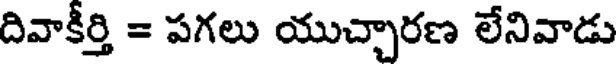
దివాకీర్తి = పగలు యుచ్చారణ లేనివాడు